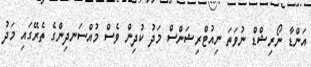
އަންޑާ ނޯރިޝްޑް ނުވަތަ ނިއުޓްރިޝަންސް މަދު ކުދިން ވެސް މުއްސަނދިންގެ ތެރޭގައި މަދު